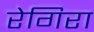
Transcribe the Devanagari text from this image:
रेगिरा